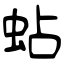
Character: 蛅